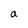
Character: a